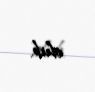
olub.